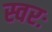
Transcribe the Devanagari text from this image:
स्वरः